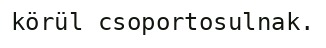
körül csoportosulnak.